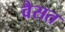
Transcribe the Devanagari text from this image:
वैसत